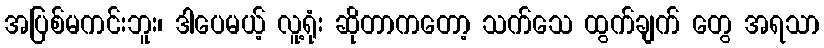
အပြစ်မကင်းဘူး၊ ဒါပေမယ့် လူ့ရုံး ဆိုတာကတော့ သက်သေ ထွက်ချက် တွေ အရသာ